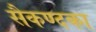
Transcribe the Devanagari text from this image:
सैकण्दका